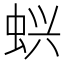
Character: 𬠇